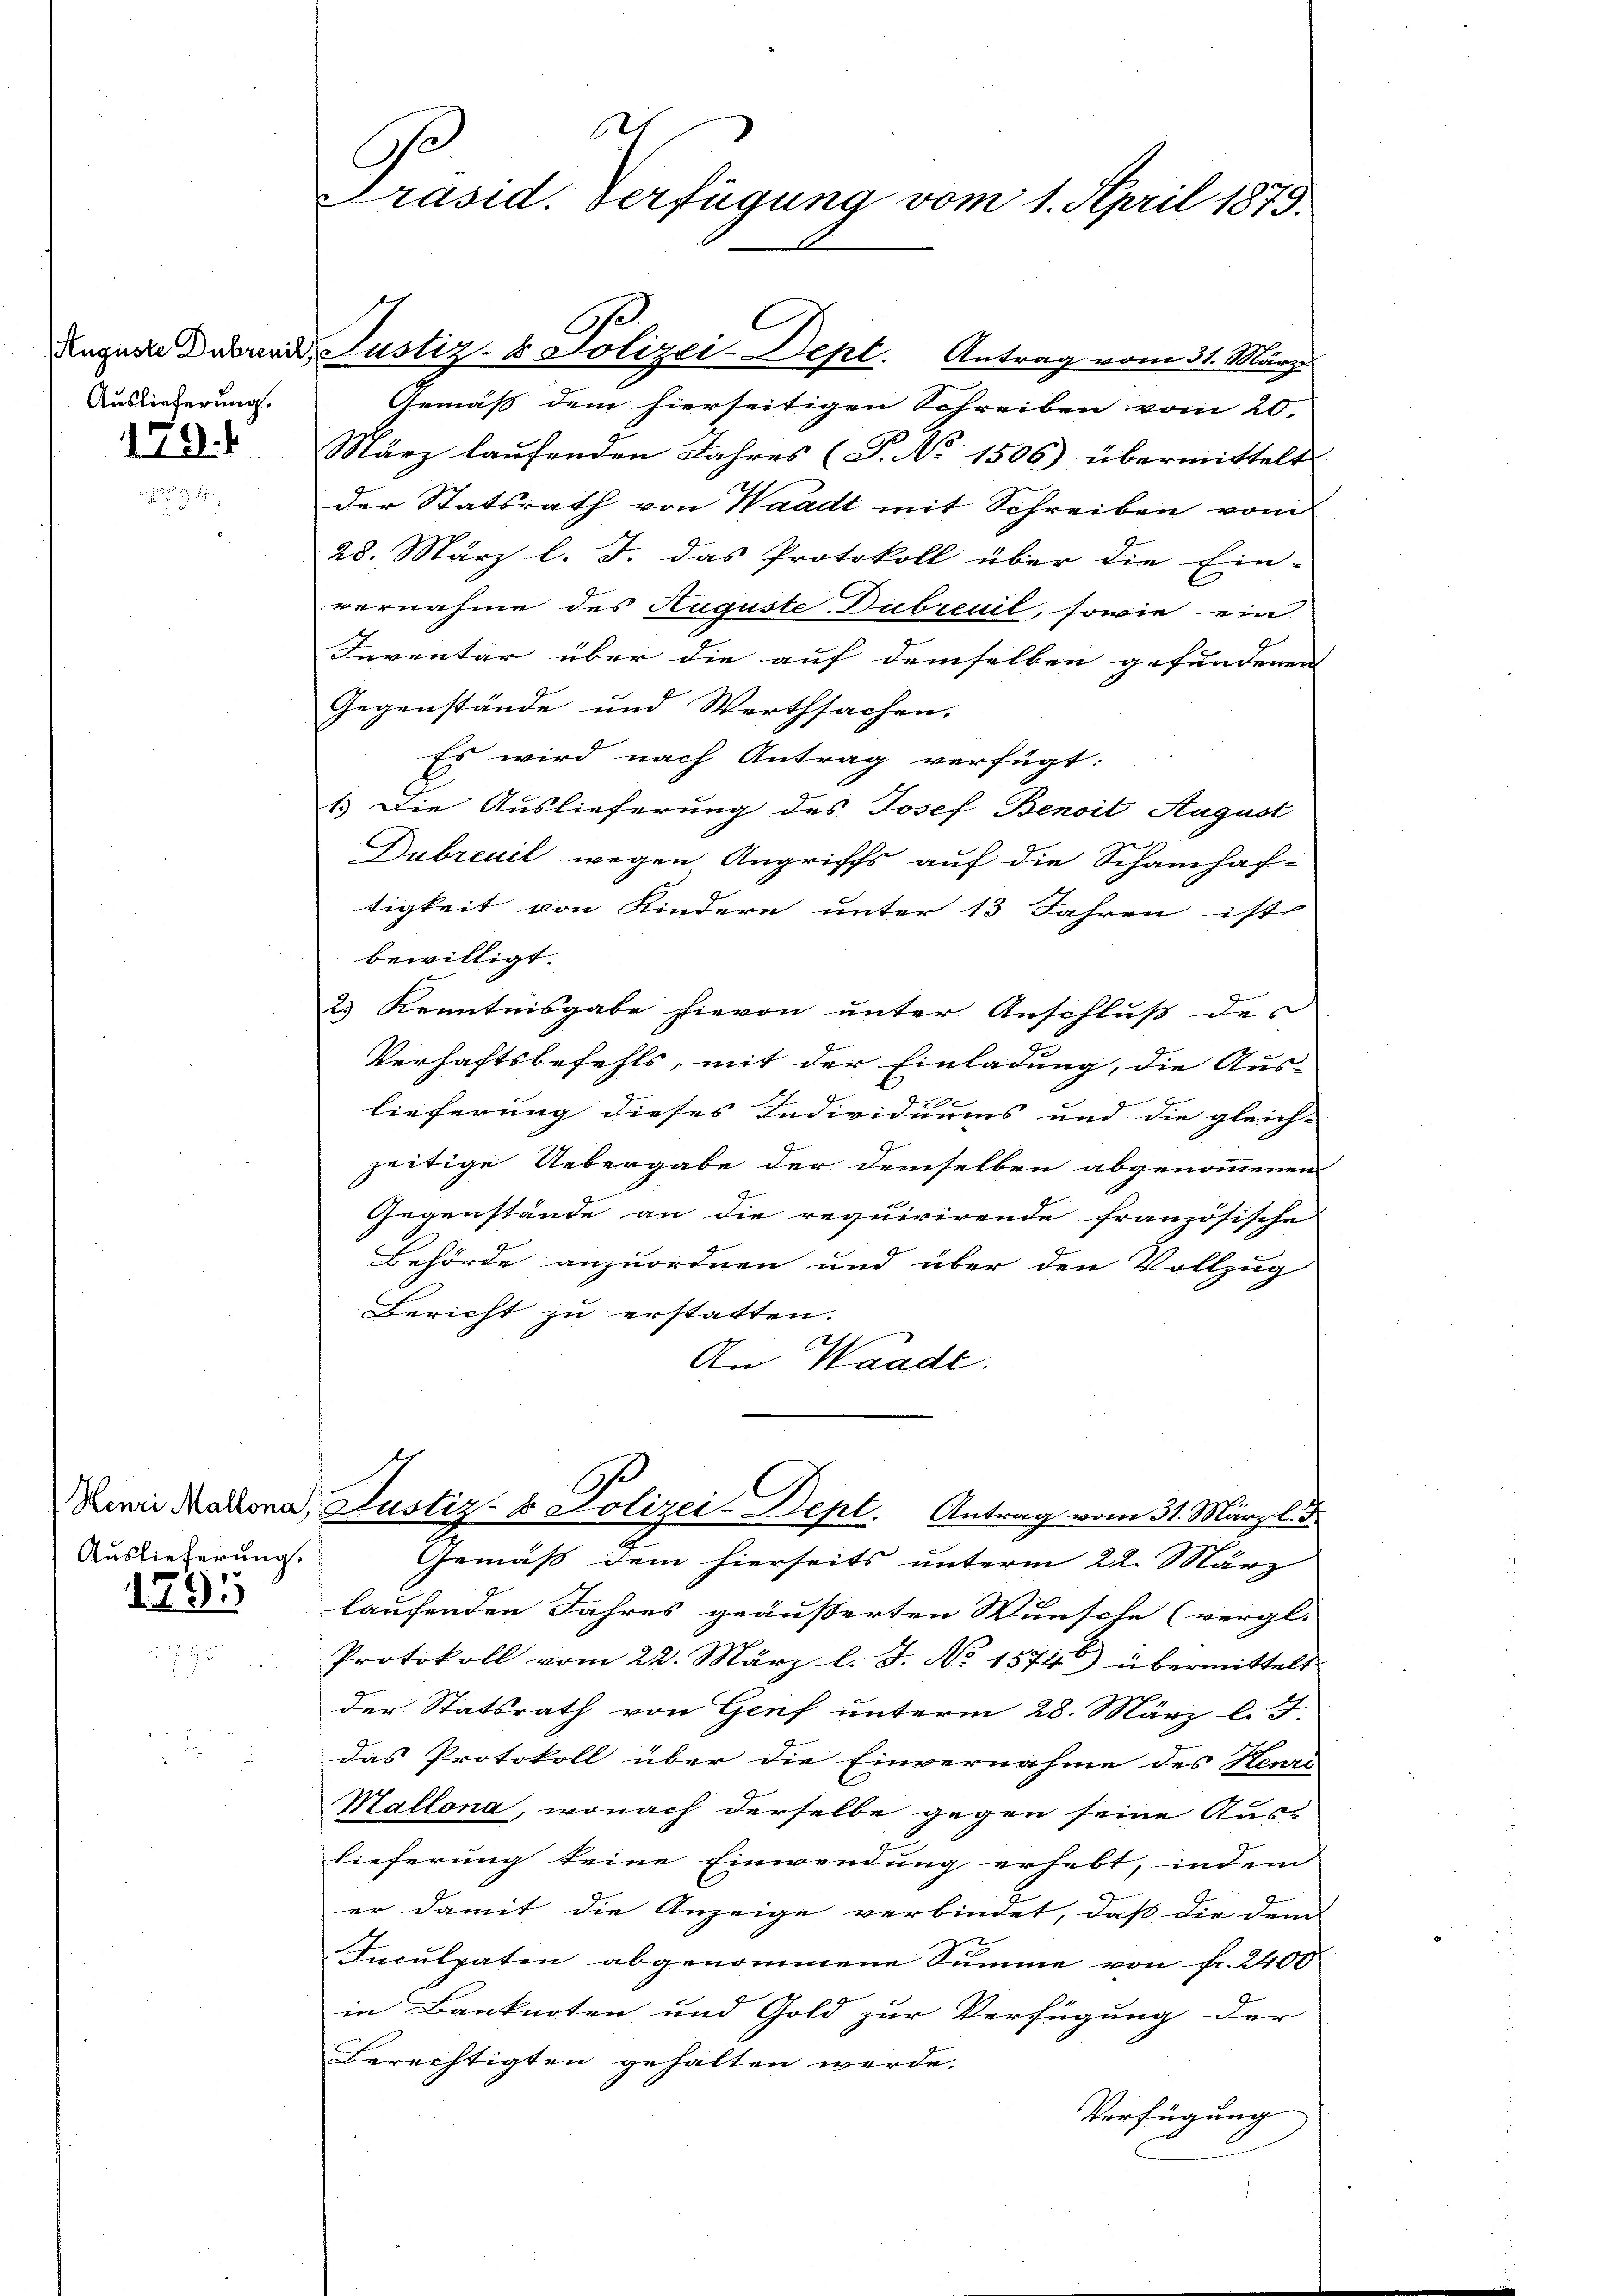
Auslieferung.

19.1

Auslieferung.
1795

621
Präsid. Verfügung vom 1. April 1875.

6
Rugust Duber, Justiz- & Polizei-Dept. Antrag vom 31. März

Gemäß dem hierseitigen Schreiben vom 20.
März laufenden Jahres (T. No 1506) übermittelt
der Statsrath von Waadt mit Schreiben vom
28. März l. J. das Protokoll über die Ein-
vernahme des Auguste Dubreuil, sowie ein
Inventar über die auf demselben gefundenen
Gegenstände und Werthsachen.
Es wird nach Antrag verfügt:
1.) Die Auslieferung des Josef Benoit August
Dubreuil wegen Angriffs auf die Schamhaftigkeit von Kindere unter 13 Jahren ist
bewilligt.
23 Kenntnisgabe hievon unter Anschluß des
Verhaftsbefehls, mit der Einladung, die Aus-
lieferung dieses Individuums und die gleich- |
zeitige Uebergabe der demselben abgenommenen
Gegenstände an die requirirende französische
Behörde anzuordnen und über den Vollzug
Bericht zu erstatten.
An Waadt.
Bemie Makona, Justiz- & Polizei-Dept. Antrag vom 31. März l. J.
Gemäß dem hierseits unterm 22. März
laufenden Jahres geäußerten Wünsche (vergl.
Protokoll vom 22. März l. J. No 1574) übermittelt
der Statsrath von Genf unterm 28. März l. J.
das Protokoll über die Einvernahme des Henri
Mallona, wonach derselbe gegen seine Aus-
lieferung keine Einwendung erhebt, indem
er damit die Anzeige verbindet, daß die dem
Inculpaten abgenommene Summe von Fr. 2400
in Banknoten und Gold zur Verfügung der
Berechtigten gehalten werde.
Verfügung